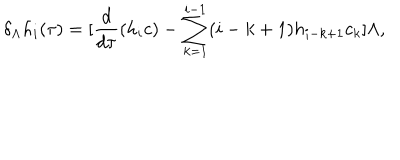
\delta _ { \Lambda } h _ { i } ( \tau ) = [ \frac { d } { d \tau } ( h _ { i } c ) - \sum _ { k = 1 } ^ { i - 1 } ( i - k + 1 ) h _ { i - k + 1 } c _ { k } ] \Lambda ,